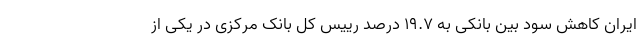
ایران کاهش سود بین بانکی به ۱۹.۷ درصد رییس کل بانک مرکزی در یکی از